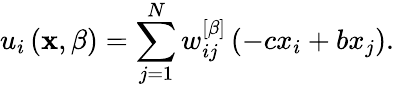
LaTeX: u_{i}\left(\mathbf{x},\beta\right)=\sum_{j=1}^{N}w_{ij}^{\left[\beta\right]}\left(-cx_{i}+bx_{j}\right).